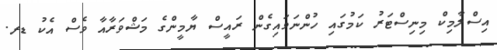
އިސްލާމިކް މިނިސްޓަރު ކަމުގައި ހުންނަވައިގެން ރައީސް ޔާމީންގެ މަޝްވަރާއާ ވެސް އެކު ޑރ.